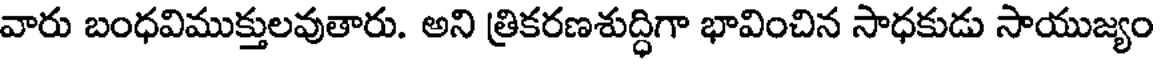
వారు బంధవిముక్తులవుతారు. అని త్రికరణశుద్ధిగా భావించిన సాధకుడు సాయుజ్యం